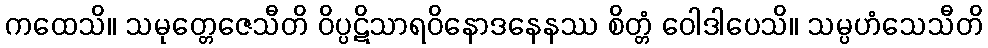
ကထေသိ။ သမုတ္တေဇေသီတိ ဝိပ္ပဋိသာရဝိနောဒနေနဿ စိတ္တံ ဝေါဒါပေသိ။ သမ္ပဟံသေသီတိ